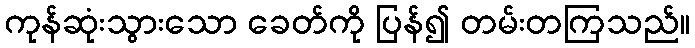
ကုန်ဆုံးသွားသော ခေတ်ကို ပြန်၍ တမ်းတကြသည်။